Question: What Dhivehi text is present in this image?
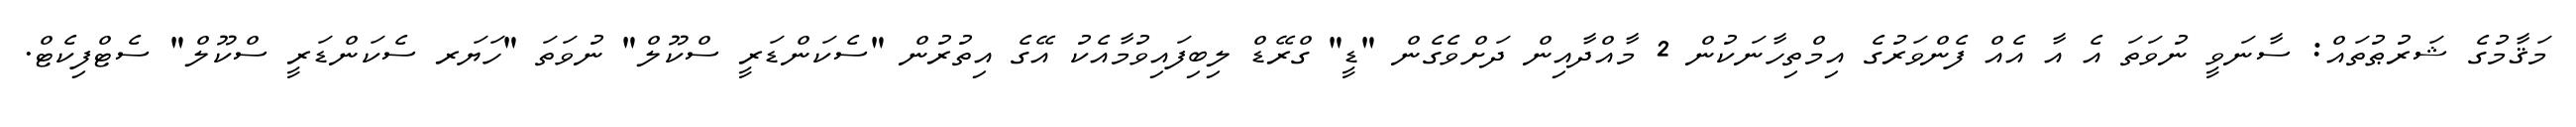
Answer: މަޤާމުގެ ޝަރުޠުތައް: ސާނަވީ ނުވަތަ އެ އާ އެއް ފެންވަރުގެ އިމްތިހާނަކުން 2 މާއްދާއިން ދަށްވެގެން "ޑީ" ގްރޭޑް ލިބިފައިވުމާއެކު އޭގެ އިތުރުން "ސެކަންޑަރީ ސްކޫލް" ނުވަތަ "ހަޔަރ ސެކަންޑަރީ ސްކޫލް" ސެޓްފިކެޓް.